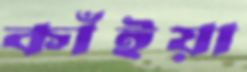
কাঁইয়া